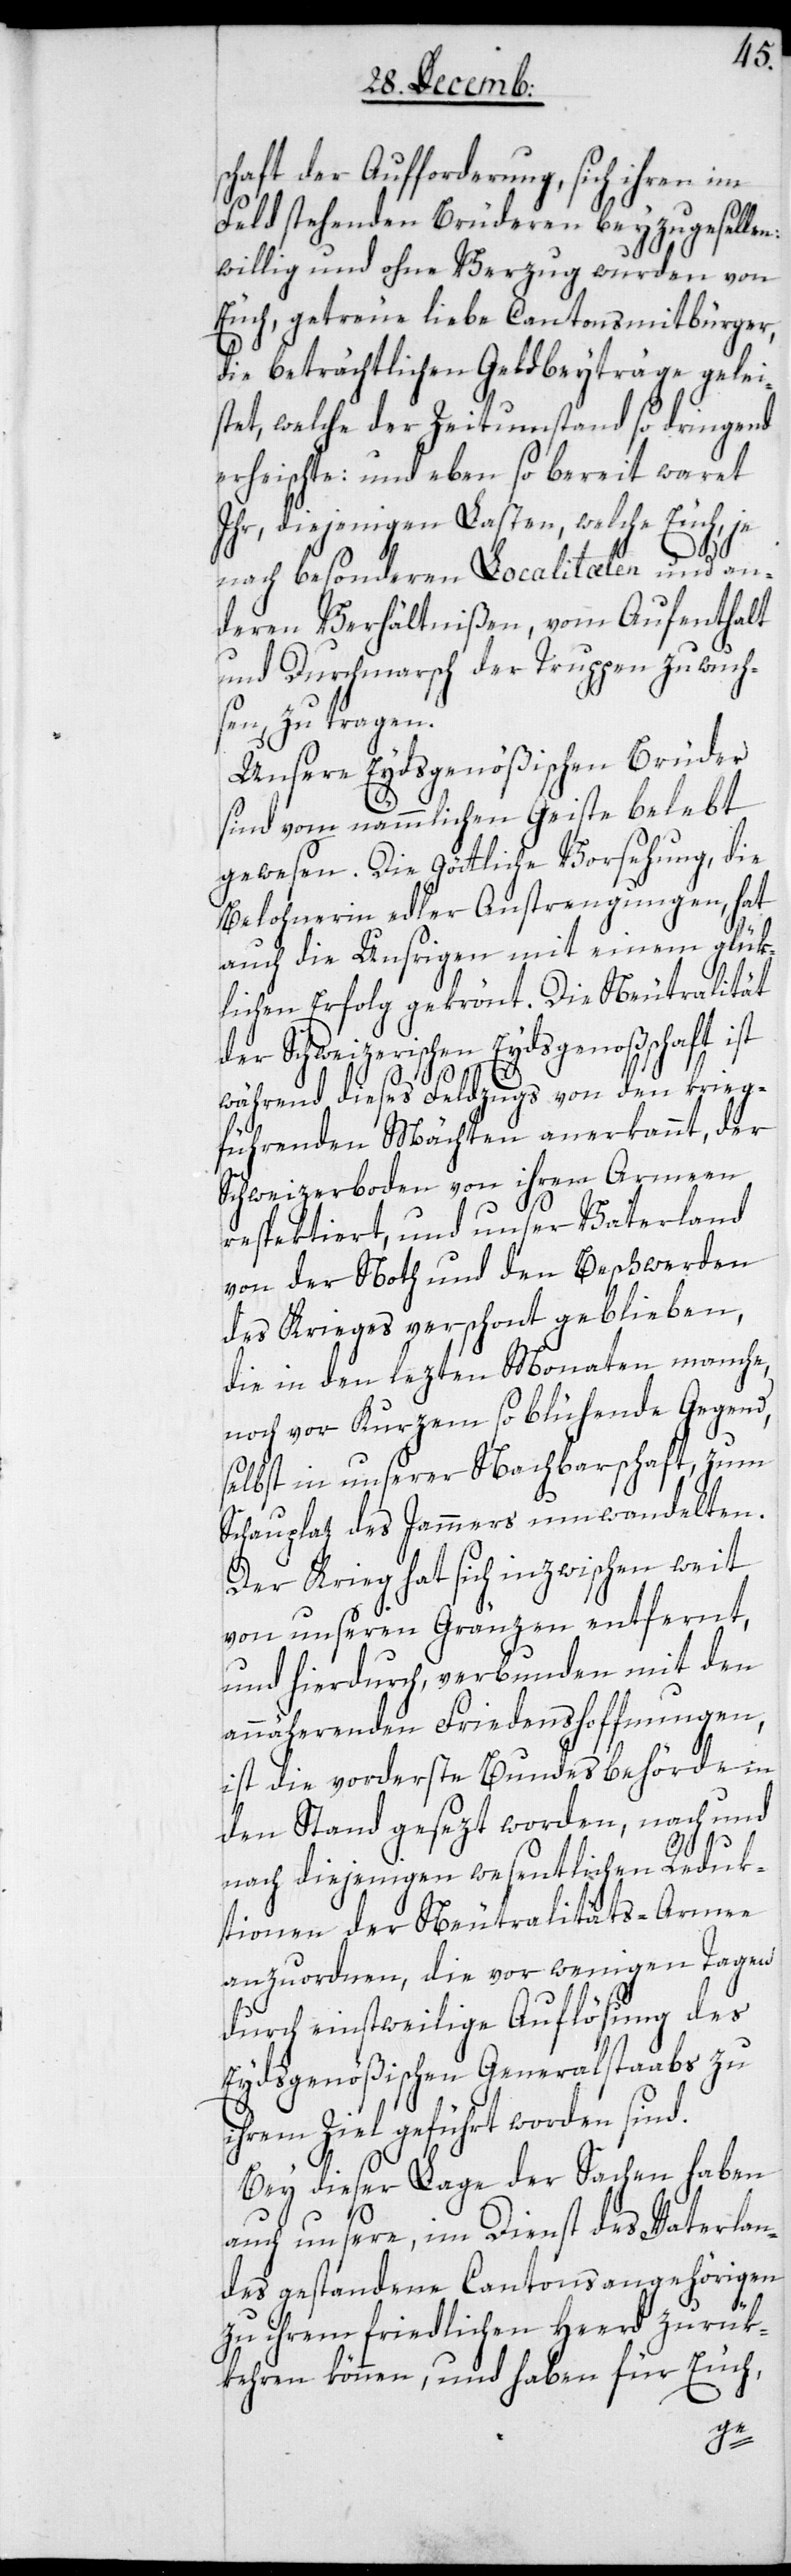
schaft der Aufforderung, sich ihren im
Feld stehenden Brüderen beyzu gesellen:
willig und ohne Verzug wurden von
Euch, getreue liebe Cantonsmitbürger,
die beträchtlichen Geldbeyträge gelei¬
stet, welche der Zeitumstand so dringend
erheischte: und eben so bereit waret
Ihr, diejenigen Lasten, welche Euch, je
nach besonderen Localitæten und an¬
deren Verhältnißen, vom Aufenthalt
und Durchmarsch der Truppen zuwuch¬
sen, zu tragen.
Unsere Eydsgenößischen Brüder
sind vom nämmlichen Geiste belebt
gewesen. Die Göttliche Vorsehung, die
Belohnerin edler Anstrengungen, hat
auch die Unsrigen mit einem glük¬
lichen Erfolg gekrönt. Die Neutralität
der Schweizerischen Eydsgenoßschaft ist
während dieses Feldzugs von den krieg¬
führenden Mächten anerkannt, der
Schweizerboden von ihren Armeen
respektiert, und unser Vaterland
von der Noth und den Beschwerden
der Kriegs verschont geblieben,
die in den lezten Monaten manche,
noch vor Kurzem so blühende Gegend,
selbst in unserer Nachbarschaft, zum
Schauplaz des Jammers umwandelten.
Der Krieg hat sich inzwischen weit
von unseren Gränzen entfernt,
und hierdurch, verbunden mit den
annäherenden Friedenshoffnungen,
ist die vorderste Bundesbehörde in
den Stand gesezt worden, nach und
nach diejenigen wesentlichen Reduk¬
tionen der Neutralitäts-Armee
anzuordnen, die vor wenigen Tagen
durch einstweilige Auflösung des
Eydsgenößischen Generalstaabs zu
ihrem Ziel geführt worden sind.
Bey dieser Lage der Sachen haben
auch unsere, im Dienst des Vaterlan¬
des gestandene Cantonsangehörigen
zu ihrem friedlichen Heerd zurük¬
kehren können, und haben für Euch,